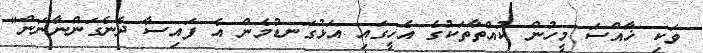
ވަކި ޚާއްސަ މީހުން ކުއްތާތަކުގެ އެހީގައި އަޅުގަނޑުމެން އެ ފައިސާ ދެނެގަންނާނަން"